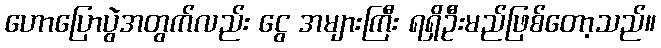
ဟောပြောပွဲအတွက်လည်း ငွေ အများကြီး ရရှိဦးမည်ဖြစ်တော့သည်။